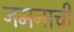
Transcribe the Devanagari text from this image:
नमनाची